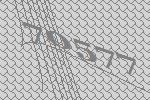
70577